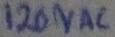
Text: 120VAC